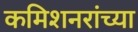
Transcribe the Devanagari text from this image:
कमिशनरांच्या